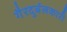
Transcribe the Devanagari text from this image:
गैरदुर्बलकारी